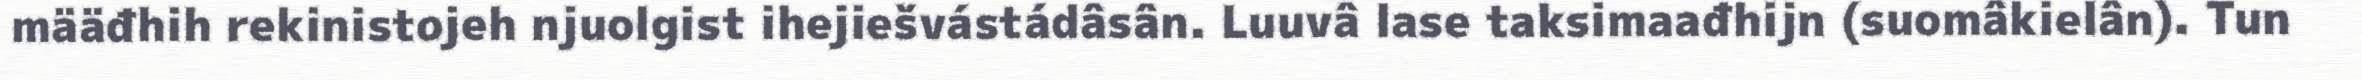
määđhih rekinistojeh njuolgist ihejiešvástádâsân. Luuvâ lase taksimaađhijn (suomâkielân). Tun